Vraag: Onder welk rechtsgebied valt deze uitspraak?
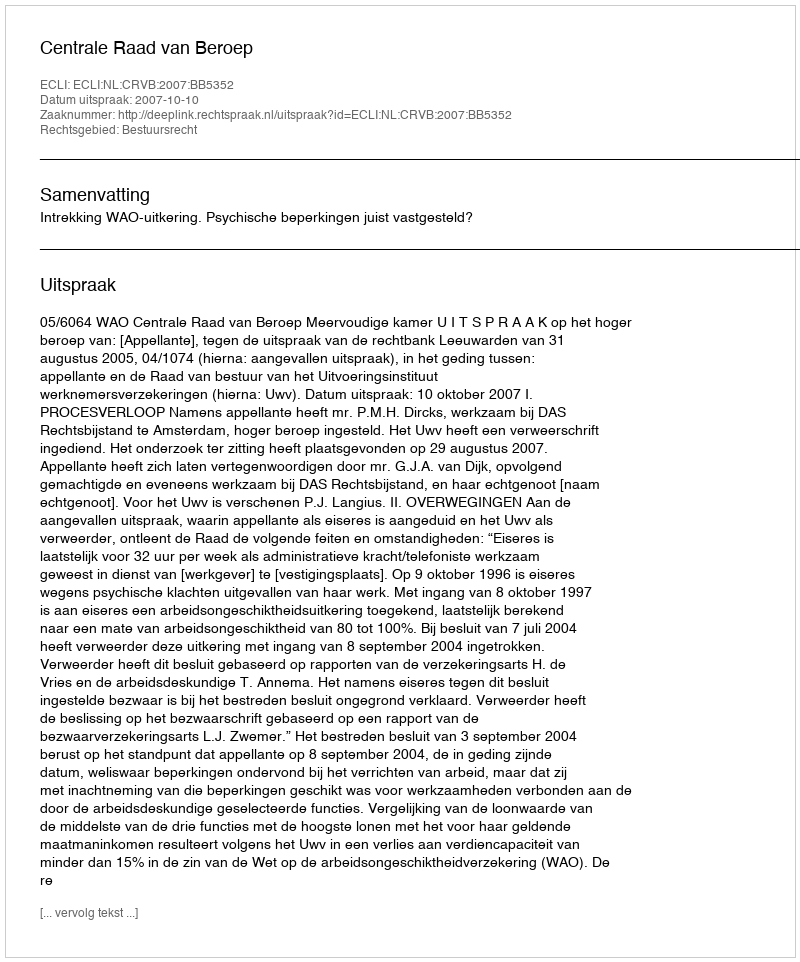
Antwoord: Bestuursrecht